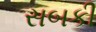
સબકી